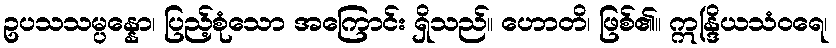
ဥပသသမ္ပန္နော၊ ပြည့်စုံသော အကြောင်း ရှိသည်။ ဟောတိ၊ ဖြစ်၏။ ဣန္ဒြိယသံဝရေ၊